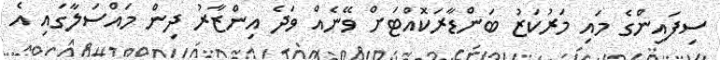
ސިފައިންގެ މައި މަރުކަޒު ބަންޑާރަކޮއްޓަށް ވޭނެއް ވަދެ އިންޒާރު ދިން މައްސަލާގައި އެ